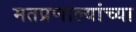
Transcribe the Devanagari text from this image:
मतप्रणाल्यांच्या